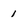
Character: 1